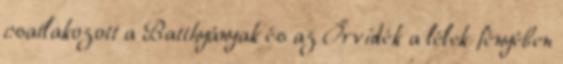
csatlakozott a Batthyányak és az Őrvidék a lélek fényében